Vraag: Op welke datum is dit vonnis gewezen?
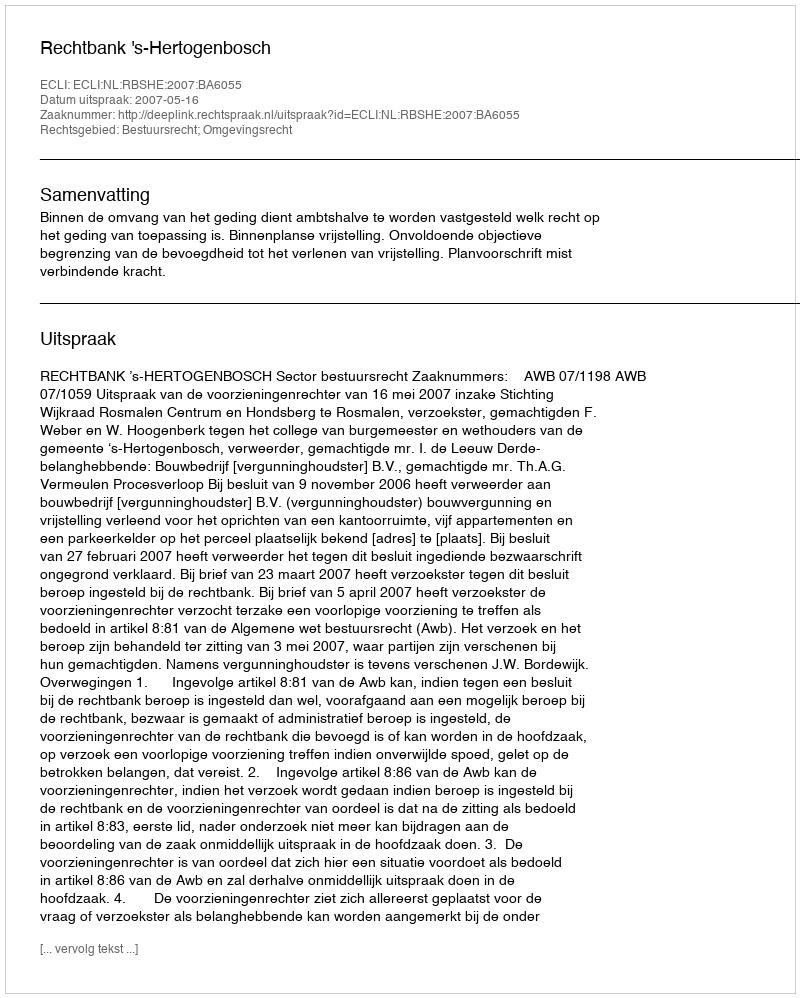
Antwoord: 2007-05-16